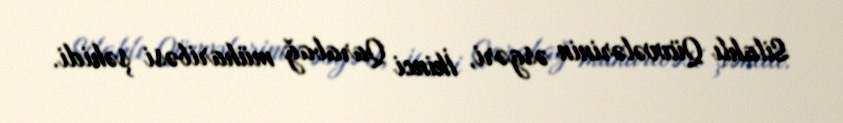
Silahlı Qüvvələrinin əsgəri, İkinci Qarabağ müharibəsi şəhidi.